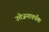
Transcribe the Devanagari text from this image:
उत्तेजनावर्धक